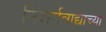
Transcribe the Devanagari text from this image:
निसर्गवाद्याच्या